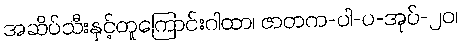
အဆိပ်သီးနှင့်တူကြောင်းဂါထာ၊ ဇာတက-ပါ-ပ-အုပ်-၂၀၊